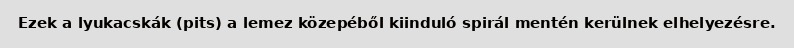
Ezek a lyukacskák (pits) a lemez közepéből kiinduló spirál mentén kerülnek elhelyezésre.